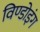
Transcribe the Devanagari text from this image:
विण्डोइंग